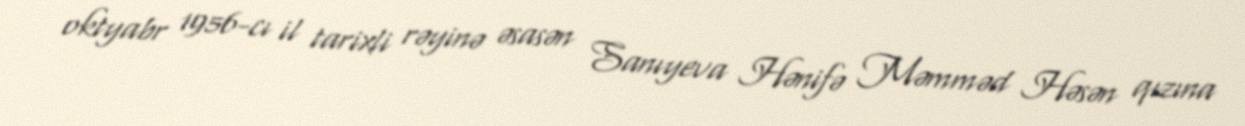
oktyabr 1956-cı il tarixli rəyinə əsasən Sanıyeva Hənifə Məmməd Həsən qızına